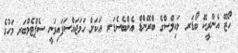
ހޯޒޭ އެންރީކޭ ބޯޑަރ މައިލްސްގެ ބްރޭންޑް އެންބެސެޑަރ އަކަށް ހަމަޖައްސަފައިވަނީ ސެޕްޓެމްބަރ މަހުގެ